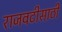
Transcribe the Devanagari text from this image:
राजवटीसाठी